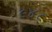
૯૪૮